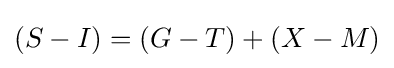
(S-I)=(G-T)+(X-M)